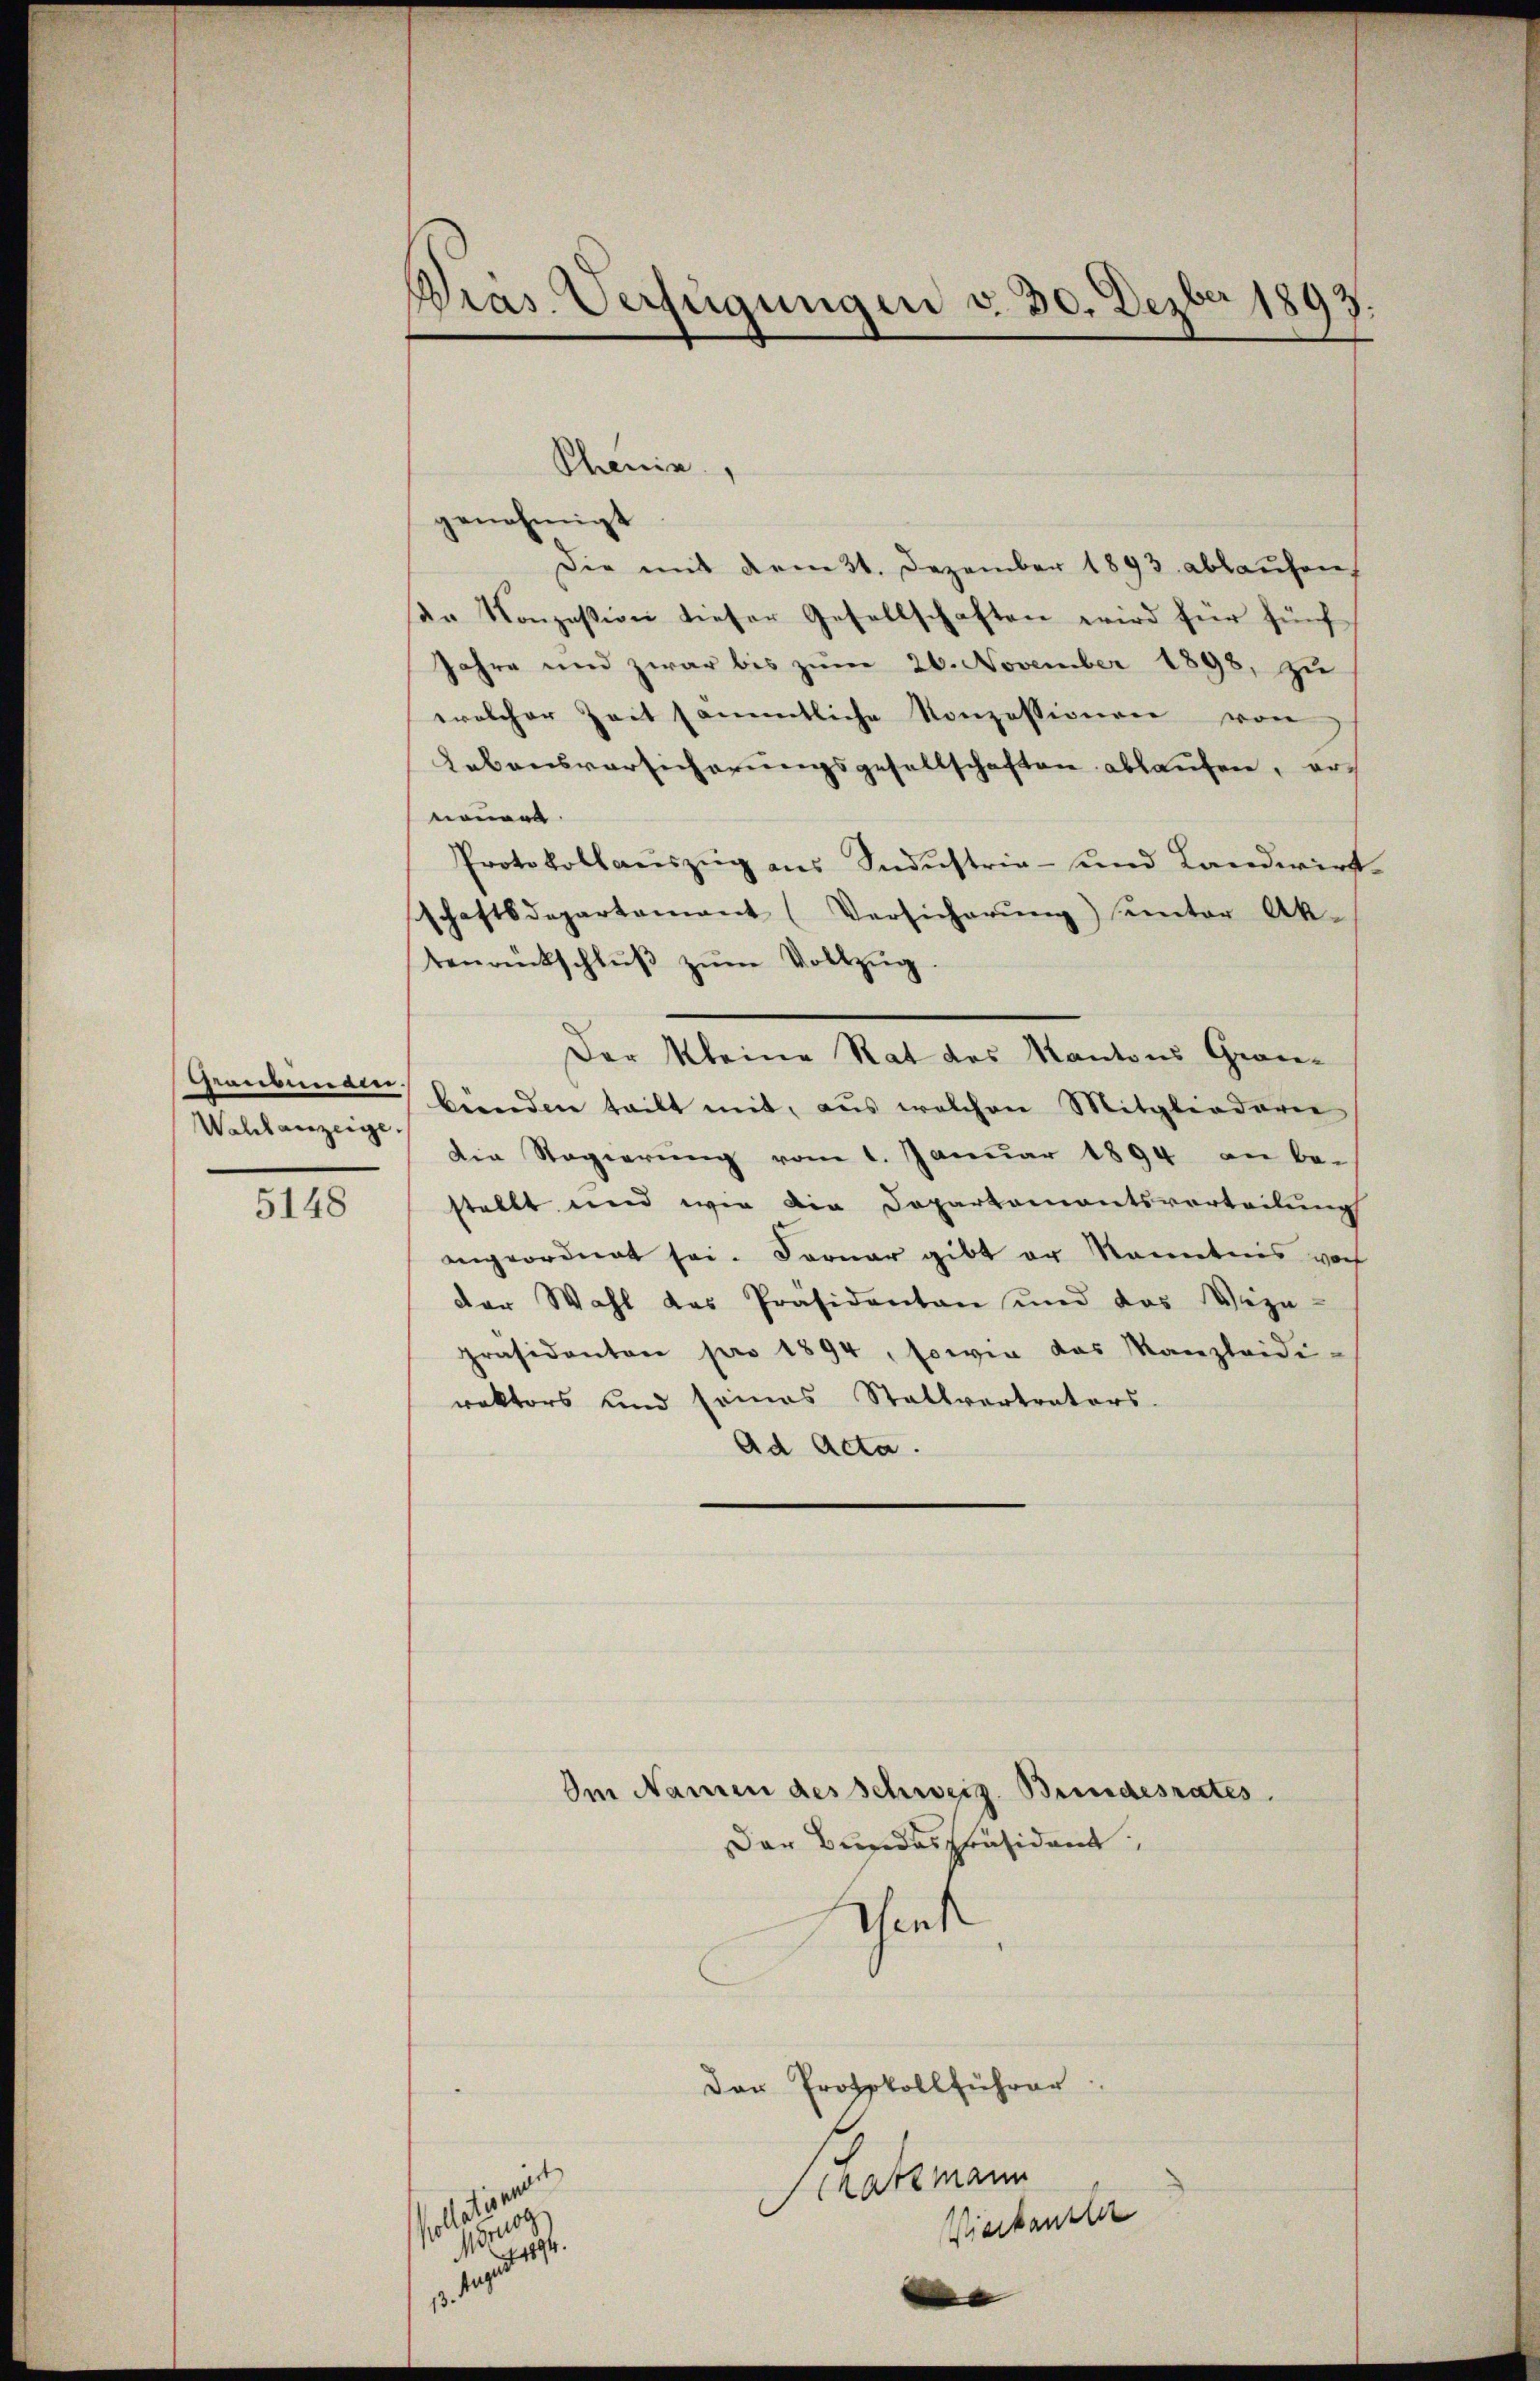
Graubünden
Wahlanzeige.

5148

Dias. Verfügungen v. 30. Dezber 1893.

Shenie,
genehmigt
Die mit dem 31. Dezember 1893 ablaufen
ser Konzesion dieser Gesellschaften wird für fünf
Jahre und zwar bis zum 26. November 1898, zu
welcher Zeit sämmtliche Konzessionen von
Lebensversicherungsgesellschaften ablaufen, ers
nennen.
Protokollaŭszŭg ans Industria- und Landwirt-
schaftsdepartement (Versicherŭng unter Ak-
tenrückschlŭβ zŭm Vollzŭg
Der kleine Rat des Kantons Grau-
bünden teilt mit, aus welchen Mitgliederer
Die Regierung vom 1. Januar 1894 an be-
stellt und wie die Departementsvorteilung
angeordnet sei. Ferner gibt er kanntnis vorh
der Wahl das Präsidenten und das Vize-
präsidenten pro 1894, sowie das Kanzleidi-
rektors und seines Stallvertrators-
Ad Acta.
Im Namen des Schweiz. Bundesrates.
Der Bundespräsident
sesent
Der Protokollführer
Schatzmann
a
.
Vierkanzler
 1994.
. 1
e